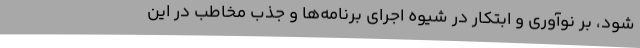
شود، بر نوآوری و ابتکار در شیوه اجرای برنامه‌ها و جذب مخاطب در این